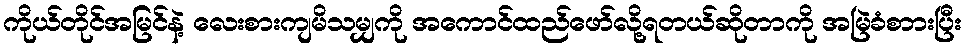
ကိုယ်တိုင်အမြင်နဲ့ လေးစားကျမိသမျှကို အကောင်ထည်ဖော်လို့ရတယ်ဆိုတာကို အမြဲခံစာားပြီး